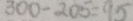
3 0 0 - 2 0 5 = 9 5